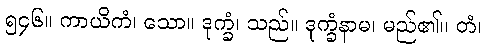
၅၄၆။ ကာယိကံ၊ သော။ ဒုက္ခံ၊ သည်။ ဒုက္ခံနာမ၊ မည်၏။ တံ၊